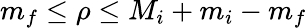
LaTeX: m_{f}\le\rho\le M_{i}+m_{i}-m_{f}